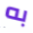
به